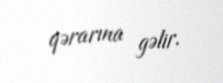
qərarına gəlir.